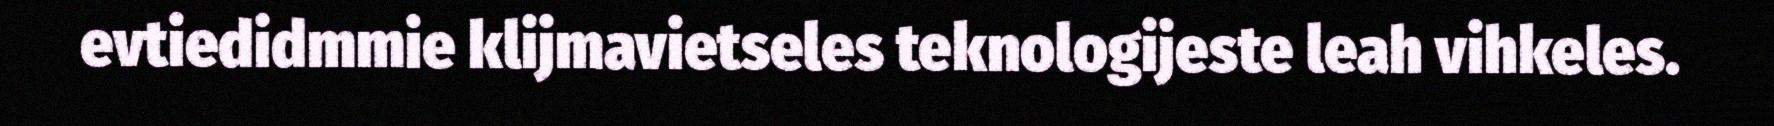
evtiedidmmie klijmavietseles teknologijeste leah vihkeles.